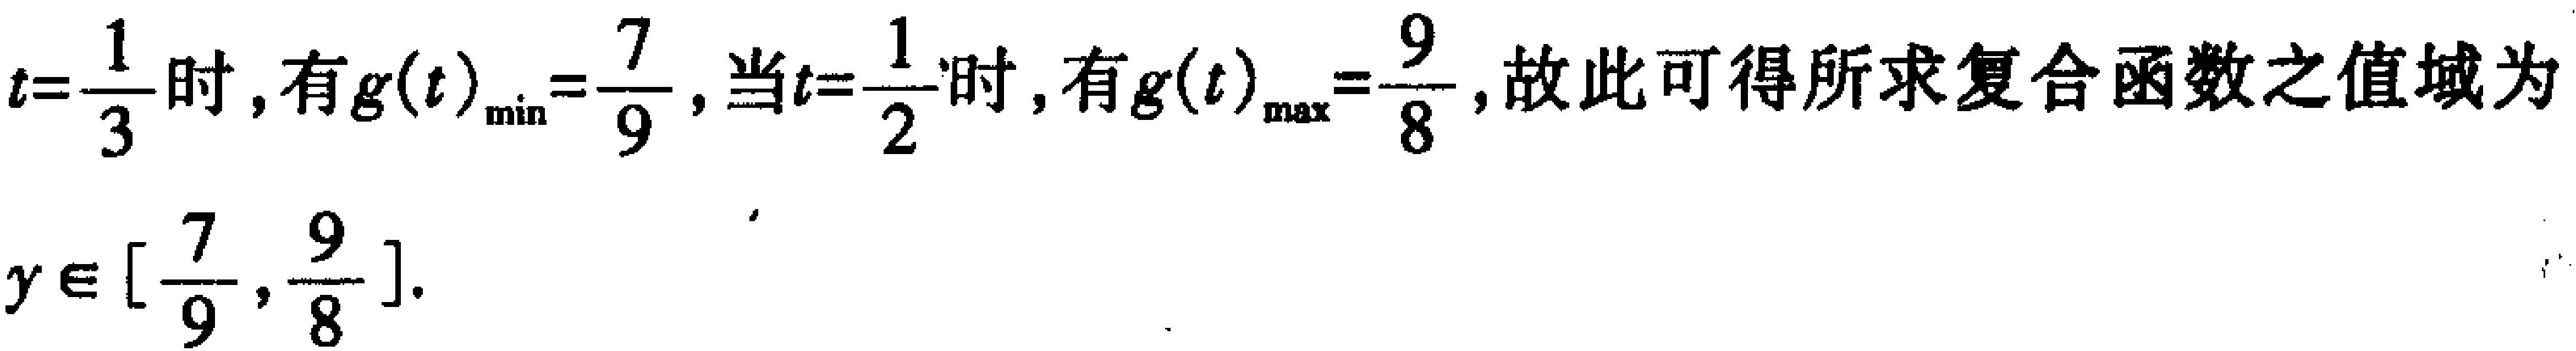
$t=\frac{1}{3}$时，有$g(t)_{\min}=\frac{7}{9}$，当$t = \frac{1}{2}$时，有$g(t)_{\max}=\frac{9}{8}$，故此可得所求复合函数之值域为
$y\in[\frac{7}{9},\frac{9}{8}].$